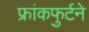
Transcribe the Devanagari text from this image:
फ्रांकफुर्टने